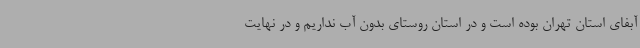
آبفای استان تهران بوده است و در استان روستای بدون آب نداریم و در نهایت